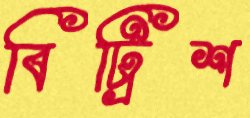
বিট্রিশ